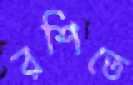
রশিতে